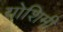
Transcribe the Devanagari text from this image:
योशिमी